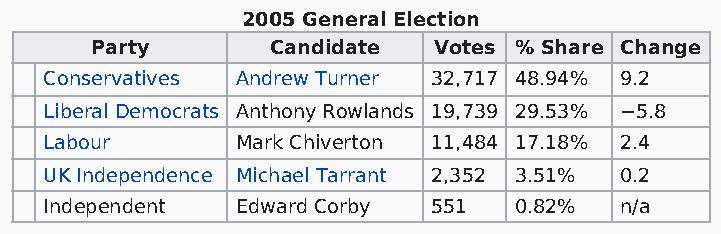
2005 General Election
 Party       Candidate  Votes % Share Change
 Conservatives Andrew Turner 32,717 48.94% 9.2
 Liberal Democrats Anthony Rowlands 19,739 29.53% −5.8
 Labour       Mark Chiverton 11,484 17.18% 2.4
 UK Independence Michael Tarrant 2,352 3.51% 0.2
 Independent  Edward Corby 551  0.82%  n/a